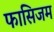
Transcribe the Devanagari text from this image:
फासिजम